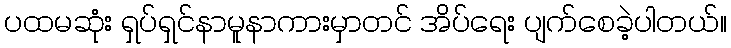
ပထမဆုံး ရှပ်ရှင်နာမူနာကားမှာတင် အိပ်ရေး ပျက်စေခဲ့ပါတယ်။